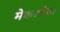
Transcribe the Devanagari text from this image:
मेकओवर